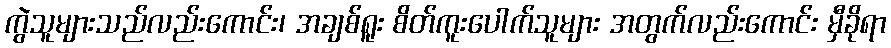
ကွဲသူများသည်လည်းကောင်း၊ အချစ်ရူး စိတ်ကူးပေါက်သူများ အတွက်လည်းကောင်း မှီခိုရာ